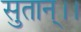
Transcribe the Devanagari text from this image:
सुतान्।।